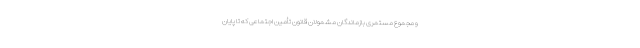
و مجموع مستمری بازماندگان مشمولان قانون تأمین اجتماعی که تا پایان